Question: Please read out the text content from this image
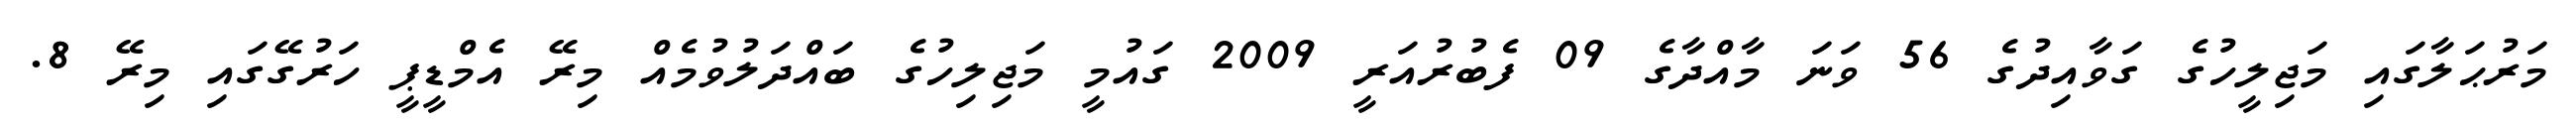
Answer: މަރުޙަލާގައި މަޖިލީހުގެ ގަވާއިދުގެ 56 ވަނަ މާއްދާގެ 09 ފެބުރުއަރީ 2009 ގައުމީ މަޖިލިހުގެ ބައްދަލުވުމެއް މިރޭ އެމްޑީޕީ ހަރުގޭގައި މިރޭ 8.